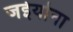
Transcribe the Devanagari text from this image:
जईयोना